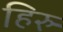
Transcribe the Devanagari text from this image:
हिरु